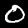
Digit: 0